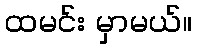
ထမင်း မှာမယ်။